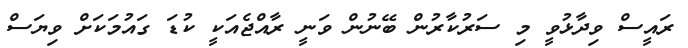
ރައީސް ވިދާޅުވީ މި ސަރުކާރުން ބޭނުން ވަނީ ރާއްޖެއަކީ ކުޑަ ގައުމަކަށް ވިޔަސް